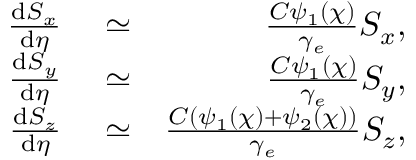
\begin{array} { r l r } { \frac { \mathrm { d } { S _ { x } } } { \mathrm { d } \eta } } & { { } \simeq } & { \frac { C \psi _ { 1 } ( \chi ) } { \gamma _ { e } } S _ { x } , } \\ { \frac { \mathrm { d } { S _ { y } } } { \mathrm { d } \eta } } & { { } \simeq } & { \frac { C \psi _ { 1 } ( \chi ) } { \gamma _ { e } } S _ { y } , } \\ { \frac { \mathrm { d } { S _ { z } } } { \mathrm { d } \eta } } & { { } \simeq } & { \frac { C ( \psi _ { 1 } ( \chi ) + \psi _ { 2 } ( \chi ) ) } { \gamma _ { e } } S _ { z } , } \end{array}